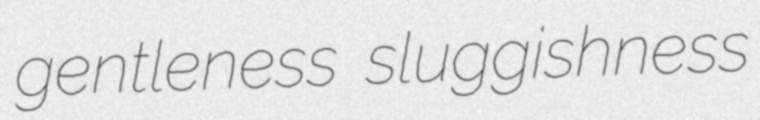
gentleness sluggishness